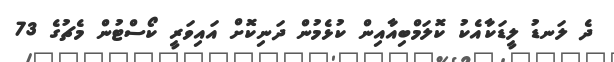
ދެ ލަނޑު ލީޑަކާއެކު ކޮލަމްބިއާއިން ކުޅެމުން ދަނިކޮށް އައިވަރީ ކޯސްޓުން މެޗުގެ 73